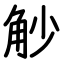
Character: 觘